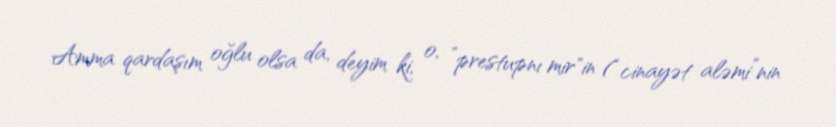
Amma qardaşım oğlu olsa da, deyim ki, o, ”prestupnı mir"in (“cinayət aləmi”nin